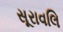
સૂરાવલિ